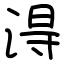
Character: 淂